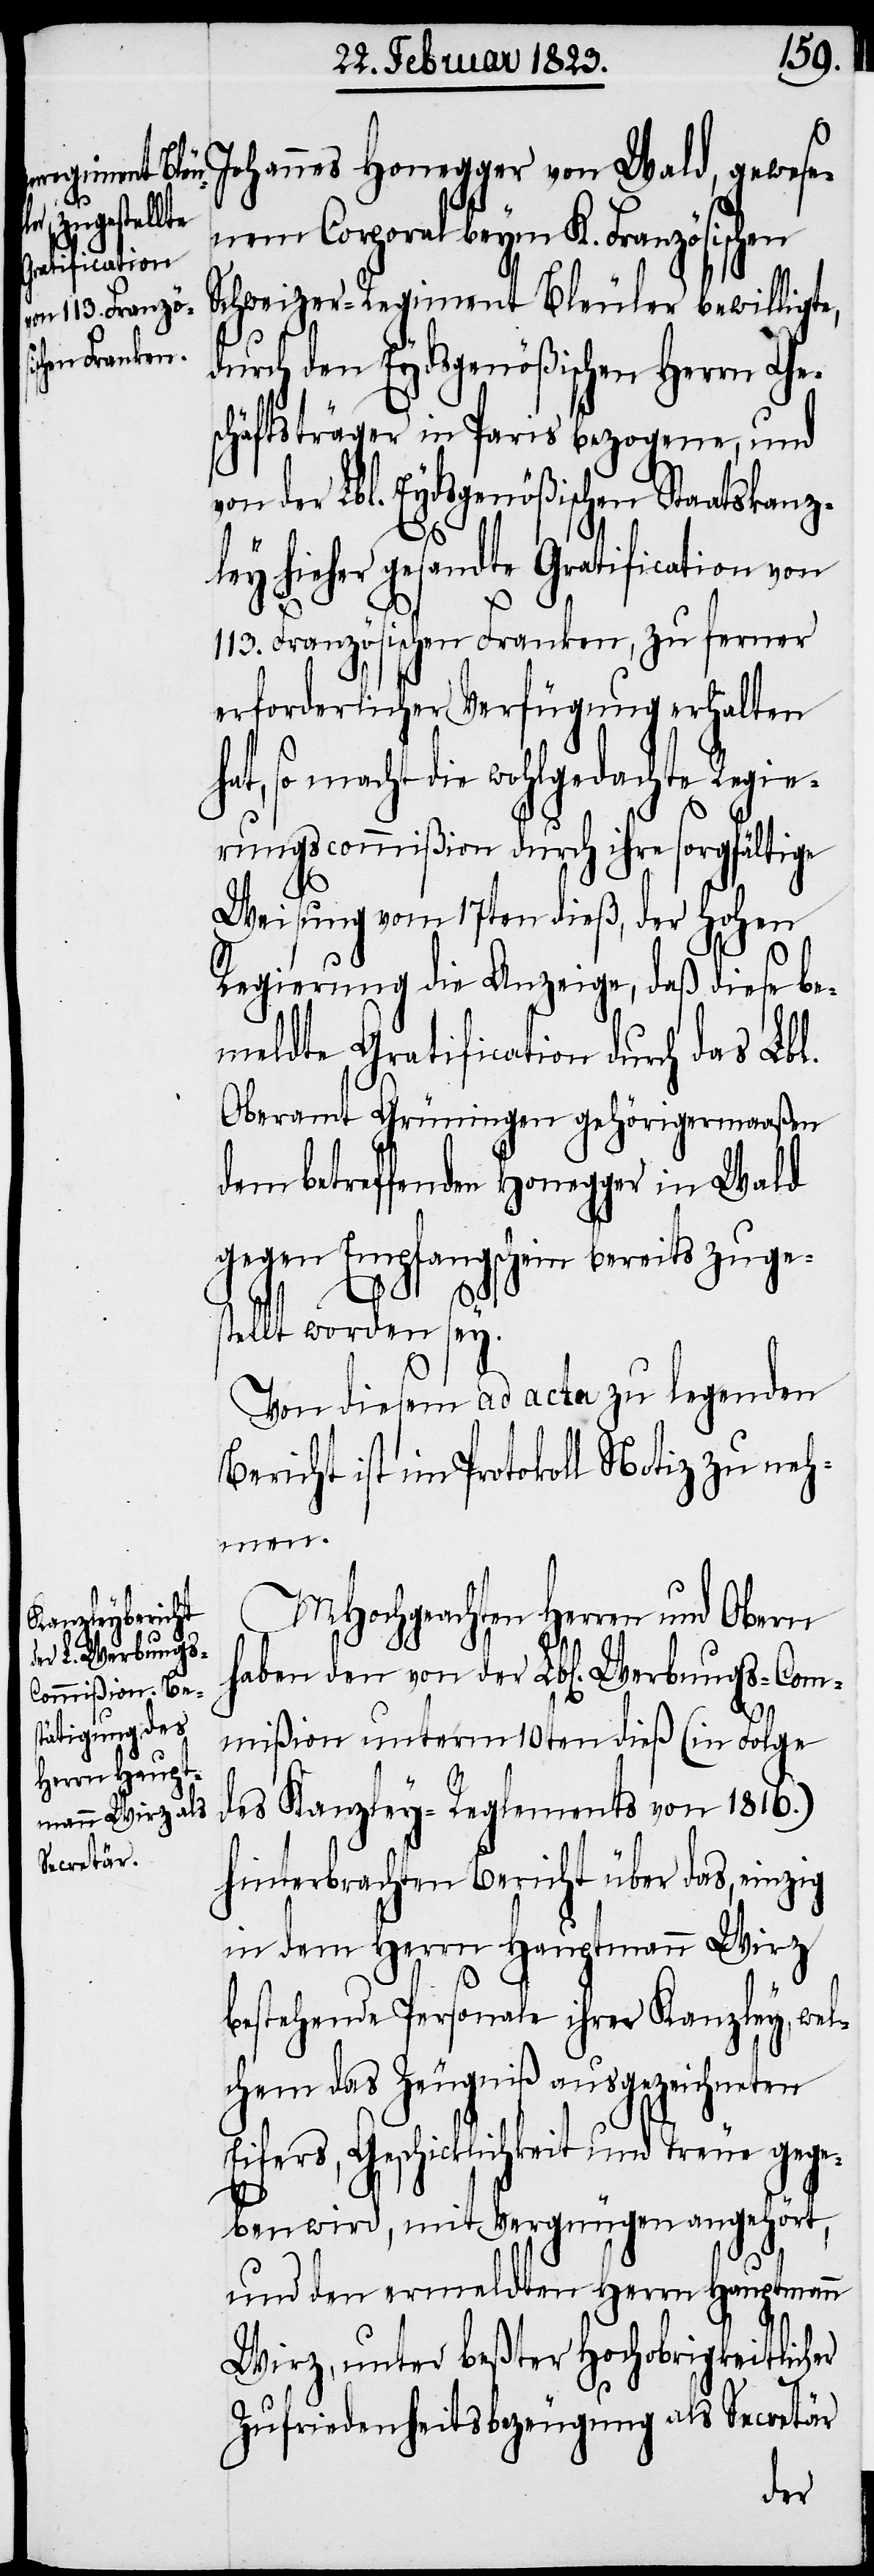
Johannes Honegger von Wald, gewese¬
nem Corporal beym K. Französischen
Schweizer-Regiment Bleuler bewilligte,
durch den Eydsgenößischen Herrn Ge¬
schäftsträger in Paris bezogene, und
von der Lbl. Eydsgenößischen Staatskanz¬
ley hieher gesandte Gratification von
113. Französischen Franken, zu ferner
erforderlicher Verfügung erhalten
so macht die wohlgedachte Regie¬
rungscommißion durch ihre sorgfältige
Weisung vom 17ten dieß, der Hohen
Regierung die Anzeige, daß diese be¬
meldte Gratification durch das Lbl.
Oberamt Grüningen gehörigermaaßen
dem betreffenden Honegger in Wald
gegen Empfangschein bereits zuge¬
st¬
ellt worden sey.
Von diesem ad acta zu legenden
Bericht ist im Protokoll Notiz zu neh¬
men.
MHochgeachten Herren und Obern
haben den von der Lbl[en]. Werbungs-Com¬
mißion unterm 10ten dieß (in Folge
des Kanzley-Reglements von 1816.)
hinterbrachten Bericht über das, einzig
in dem Herrn Hauptmann Wirz
bestehende Personale ihrer Kanzley, wel¬
chem das Zeugniß ausgezeichneten
Eifers, Geschicklichkeit und Treue gege¬
ben wird, mit Vergnügen angehört,
und den ermeldten Herrn Hauptmann
Wirz, unter beßter Hochobrigkeitlicher
Zufriedenheitsbezeugung als Secretär